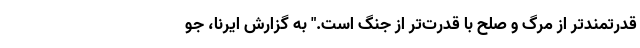
قدرتمندتر از مرگ و صلح با قدرت‌تر از جنگ است." به گزارش ایرنا، جو